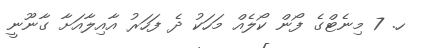
ހ. 7 މިނެޓްގެ ފޯން ކޯލެއް މަހަކު ދެ ފަހަރު އާއިލާއަށާ ގާނޫނީ